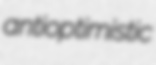
antioptimistic